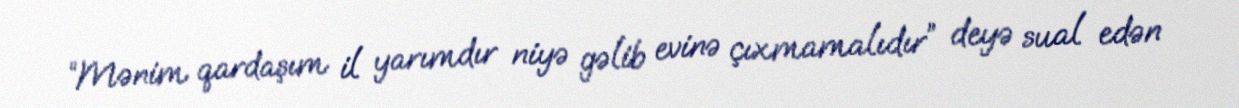
“Mənim qardaşım il yarımdır niyə gəlib evinə çıxmamalıdır” deyə sual edən